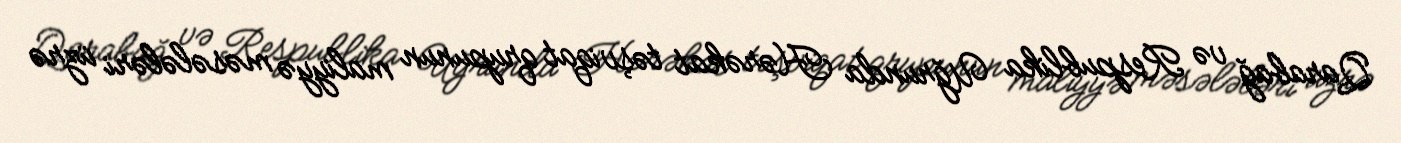
Qarabağ və Respublika Uğrunda Hərəkat təşviqat qrupunun maliyyə məsələləri üzrə